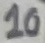
Text: 10